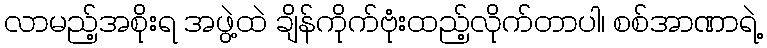
လာမည့်အစိုးရ အဖွဲ့ထဲ ချိန်ကိုက်ဗုံးထည့်လိုက်တာပါ၊ စစ်အာဏာရဲ့